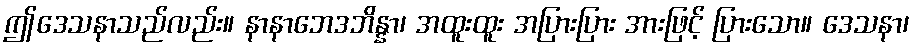
ဤဒေသနာသည်လည်း။ နာနာဘေဒဘိန္နာ၊ အထူးထူး အပြားပြား အားဖြင့် ပြားသော။ ဒေသနာ၊